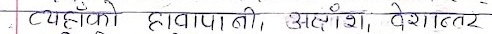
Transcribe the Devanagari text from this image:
त्यहाँको हावापानी, अक्षांश, देशान्तर